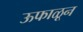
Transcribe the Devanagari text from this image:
ऊफाळून